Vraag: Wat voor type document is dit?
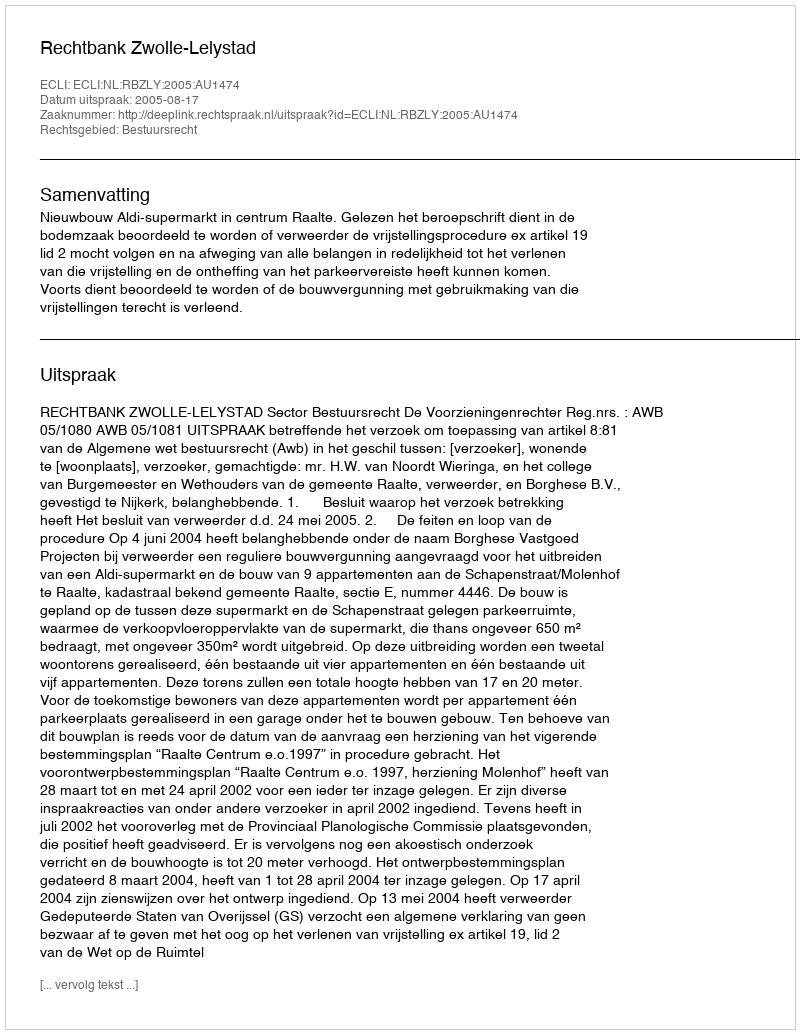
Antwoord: Uitspraak